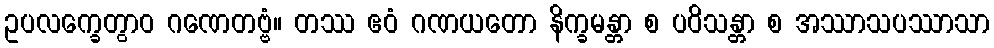
ဥပလက္ခေတွာဝ ဂဏေတဗ္ဗံ။ တဿ ဧဝံ ဂဏယတော နိက္ခမန္တာ စ ပဝိသန္တာ စ အဿာသပဿာသာ